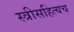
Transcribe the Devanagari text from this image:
स्त्रीसहित्यच